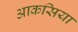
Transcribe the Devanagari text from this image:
आकसिया